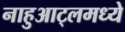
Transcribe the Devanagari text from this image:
नाहुआट्लमध्ये